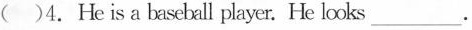
（） 4. He is a bascball player. He looks ___.